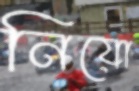
নিয়ো